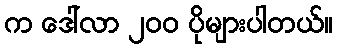
က ဒေါ်လာ ၂၀၀ ပိုများပါတယ်။